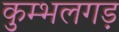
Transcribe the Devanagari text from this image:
कुम्भलगड़